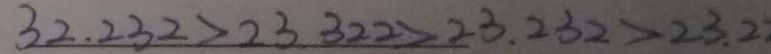
3 2 . 2 3 2 > 2 3 3 2 2 > 2 3 . 2 3 2 > 2 3 . 2